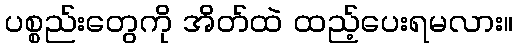
ပစ္စည်းတွေကို အိတ်ထဲ ထည့်ပေးရမလား။